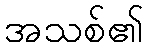
အသစ်၏